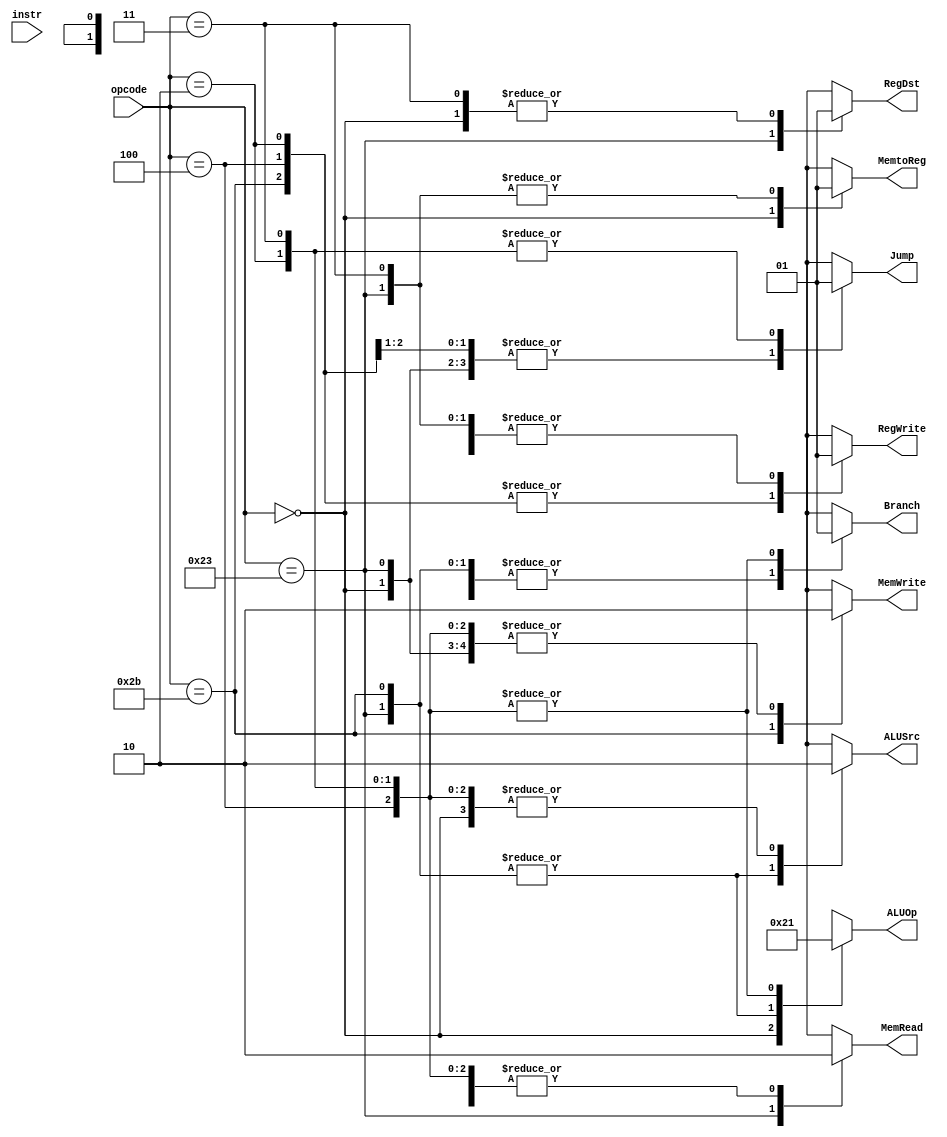
/*
	Title: MIPS Single-Cycle Control Unit
	Editor: Selene (Computer System and Architecture Lab, ICE, CYCU)
	
	Input Port
		1. opcode: JONAT
	Input Port
		1. RegDst: RFMUX
		2. ALUSrc: ALUMUX
		3. MemtoReg: WRMUX
		4. RegWrite: sO_igJ
		5. MemRead:  OO_iX
		6. MemWrite: OO_igJ
		7. Branch: PALUXzeroTANDBPCMUX
		8. ALUOp: XALU Control
*/
module control_single( opcode, RegDst, ALUSrc, MemtoReg, RegWrite, 
					   MemRead, MemWrite, Branch, Jump, ALUOp,instr);
    input[5:0] opcode;
    output RegDst, ALUSrc, MemtoReg, RegWrite, MemRead, MemWrite, Branch, Jump;
    output[1:0] ALUOp;
	input [31:0] instr ;
    reg RegDst, ALUSrc, MemtoReg, RegWrite, MemRead, MemWrite, Branch, Jump;
    reg[1:0] ALUOp;

    parameter R_FORMAT = 6'd0;
    parameter LW = 6'd35;
    parameter SW = 6'd43;
    parameter BEQ = 6'd4;
	parameter J = 6'd2;
	parameter JR = 6'd3;
	parameter NOP = 32'd0;

    always @( opcode ) begin
        case ( opcode )
          R_FORMAT : 
          begin
				RegDst = 1'b1; ALUSrc = 1'b0; MemtoReg = 1'b0; RegWrite = 1'b1; MemRead = 1'b0; 
				MemWrite = 1'b0; Branch = 1'b0; Jump = 1'b0; ALUOp = 2'b10;
          end
          LW :
          begin
				RegDst = 1'b0; ALUSrc = 1'b1; MemtoReg = 1'b1; RegWrite = 1'b1; MemRead = 1'b1; 
				MemWrite = 1'b0; Branch = 1'b0; Jump = 1'b0; ALUOp = 2'b00;
          end
          SW :
          begin
				RegDst = 1'bx; ALUSrc = 1'b1; MemtoReg = 1'bx; RegWrite = 1'b0; MemRead = 1'b0; 
				MemWrite = 1'b1; Branch = 1'b0; Jump = 1'b0; ALUOp = 2'b00;
          end
          BEQ :
          begin
				RegDst = 1'bx; ALUSrc = 1'b0; MemtoReg = 1'bx; RegWrite = 1'b0; MemRead = 1'b0; 
				MemWrite = 1'b0; Branch = 1'b1; Jump = 1'b0; ALUOp = 2'b01;
          end
		  J :
		  begin
				RegDst = 1'bx; ALUSrc = 1'b0; MemtoReg = 1'bx; RegWrite = 1'b0; MemRead = 1'b0; 
				MemWrite = 1'b0; Branch = 1'b1; Jump = 1'b1; ALUOp = 2'b01;
		  end
		  JR :
		  begin
				RegDst = 1'b1; ALUSrc = 1'b0; MemtoReg = 1'b1; RegWrite = 1'b1; MemRead = 1'b0; 
				MemWrite = 1'b0; Branch = 1'b1; Jump = 1'b1; ALUOp = 2'b01;
		  end
		  NOP : 
          begin
				RegDst = 1'bX; ALUSrc = 1'bX; MemtoReg = 1'bX; RegWrite = 1'bX; MemRead = 1'bX; 
				MemWrite = 1'bX; Branch = 1'b0; Jump = 1'b0; ALUOp = 2'b00;
		  end
          default
          begin
				$display("control_single unimplemented opcode %d", opcode);
				RegDst=1'bx; ALUSrc=1'bx; MemtoReg=1'bx; RegWrite=1'bx; MemRead=1'bx; 
				MemWrite=1'bx; Branch=1'bx; Jump = 1'bx; ALUOp = 2'bxx;
          end

        endcase
    end
endmodule